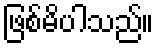
ဖြစ်မိပါသည်။